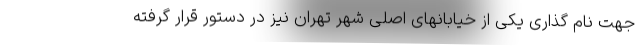
جهت نام گذاری یکی از خیابانهای اصلی شهر تهران نیز در دستور قرار گرفته